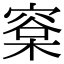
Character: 㮤